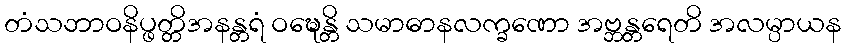
တံသဘာဝနိပ္ဖတ္တိအနန္တရံ ဝဍ္ဎေန္တိ သမာဓာနလက္ခဏော အဗ္ဘန္တရေတိ အလမ္ပာယန